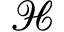
\mathcal { H }